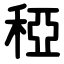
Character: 稏